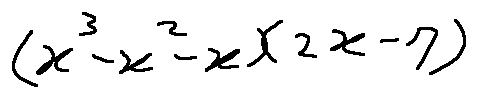
( x ^ { 3 } - x ^ { 2 } - x ) ( 2 x - 7 )